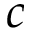
c